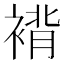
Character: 褙